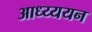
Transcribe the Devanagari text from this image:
आध्य्ययन